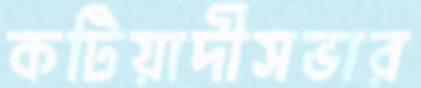
কটিয়াদীসভার